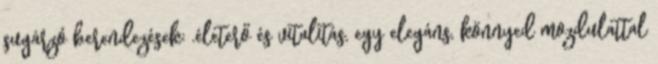
sugárzó berendezések: .életerő és vitalitás, egy elegáns, könnyed mozdulattal